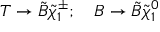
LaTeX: T \rightarrow \tilde { B } { \tilde { \chi } } _ { 1 } ^ { \pm } ; \quad B \rightarrow \tilde { B } { \tilde { \chi } } _ { 1 } ^ { 0 }